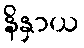
နိနှာယ